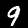
Label: 9